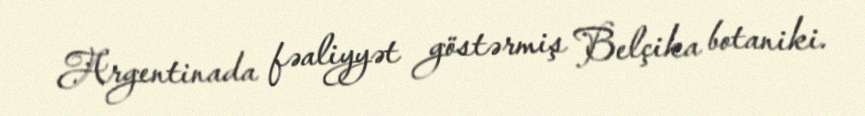
Argentinada fəaliyyət göstərmiş Belçika botaniki.